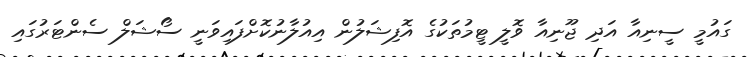
ގައުމީ ސީނިއާ އަދި ޖޫނިއާ ވޮލީ ޓީމުތަކުގެ އޮފިޝަލުން އިއުލާނުކޮށްފައިވަނީ ސޯޝަލް ސެންޓަރުގައި